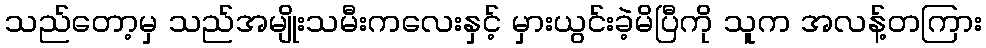
သည်တော့မှ သည်အမျိုးသမီးကလေးနှင့် မှားယွင်းခဲ့မိပြီကို သူက အလန့်တကြား